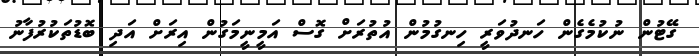
ގޭޓުން ނުކުމެގެން ހަނދުވަރީ ހިނގުމުން އުތުރަށް ގޮސް އަމީނީމަގުން އިރަށް އަދި ބޮޑުތަކުރުފާނު